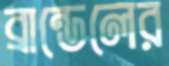
ব্রান্ডেলের